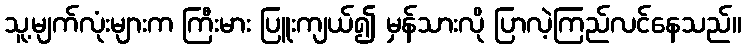
သူ့မျက်လုံးများက ကြီးမား ပြူးကျယ်၍ မှန်သားလို ပြာလဲ့ကြည်လင်နေသည်။